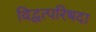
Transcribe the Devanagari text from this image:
विद्वत्परिषदा